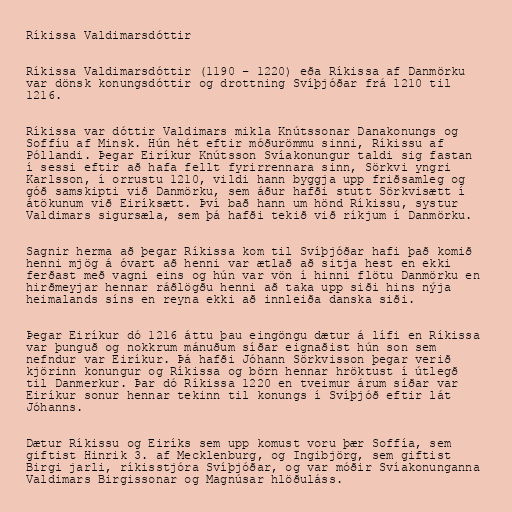
Ríkissa Valdimarsdóttir

Ríkissa Valdimarsdóttir (1190 – 1220) eða Ríkissa af Danmörku
var dönsk konungsdóttir og drottning Svíþjóðar frá 1210 til
1216.

Ríkissa var dóttir Valdimars mikla Knútssonar Danakonungs og
Soffíu af Minsk. Hún hét eftir móðurömmu sinni, Ríkissu af
Póllandi. Þegar Eiríkur Knútsson Svíakonungur taldi sig fastan
í sessi eftir að hafa fellt fyrirrennara sinn, Sörkvi yngri
Karlsson, í orrustu 1210, vildi hann byggja upp friðsamleg og
góð samskipti við Danmörku, sem áður hafði stutt Sörkvisætt í
átökunum við Eiríksætt. Því bað hann um hönd Ríkissu, systur
Valdimars sigursæla, sem þá hafði tekið við ríkjum í Danmörku.

Sagnir herma að þegar Ríkissa kom til Svíþjóðar hafi það komið
henni mjög á óvart að henni var ætlað að sitja hest en ekki
ferðast með vagni eins og hún var vön í hinni flötu Danmörku en
hirðmeyjar hennar ráðlögðu henni að taka upp siði hins nýja
heimalands síns en reyna ekki að innleiða danska siði.

Þegar Eiríkur dó 1216 áttu þau eingöngu dætur á lífi en Ríkissa
var þunguð og nokkrum mánuðum síðar eignaðist hún son sem
nefndur var Eiríkur. Þá hafði Jóhann Sörkvisson þegar verið
kjörinn konungur og Ríkissa og börn hennar hröktust í útlegð
til Danmerkur. Þar dó Ríkissa 1220 en tveimur árum síðar var
Eiríkur sonur hennar tekinn til konungs í Svíþjóð eftir lát
Jóhanns.

Dætur Ríkissu og Eiríks sem upp komust voru þær Soffía, sem
giftist Hinrik 3. af Mecklenburg, og Ingibjörg, sem giftist
Birgi jarli, ríkisstjóra Svíþjóðar, og var móðir Svíakonunganna
Valdimars Birgissonar og Magnúsar hlöðuláss.